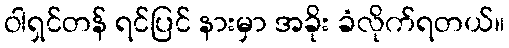
ဝါရှင်တန် ရင်ပြင် နားမှာ အခိုး ခံလိုက်ရတယ်။